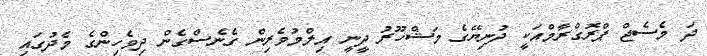
ދަ މެސެޖް ޕްރޮގްރާމްއަކީ ދުނިޔޭގެ މަޝްހޫރު ދީނީ އިލްމުވެރިން ގެނެސްގެން ދިވެހިންގެ މެދުގައި